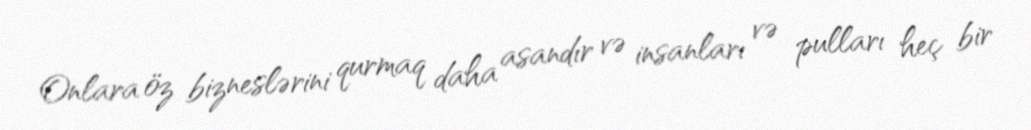
Onlara öz bizneslərini qurmaq daha asandır və insanları və pulları heç bir